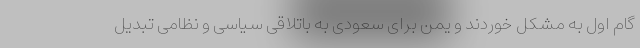
گام اول به مشکل خوردند و یمن برای سعودی به باتلاقی سیاسی و نظامی تبدیل